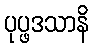
ပုပ္ဖဒသာနိ